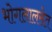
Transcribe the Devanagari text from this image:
भोगलालसेत